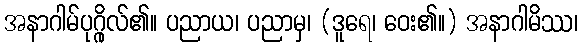
အနာဂါမ်ပုဂ္ဂိုလ်၏။ ပညာယ၊ ပညာမှ၊ (ဒူရေ၊ ဝေး၏။) အနာဂါမိဿ၊